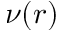
\nu ( r )